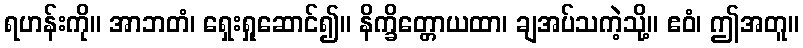
ရဟန်းကို။ အာဘတံ၊ ရှေးရှုဆောင်၍။ နိက္ခိတ္တောယထာ၊ ချအပ်သကဲ့သို့။ ဧဝံ၊ ဤအတူ။